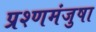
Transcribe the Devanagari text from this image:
प्रश्णमंजुषा